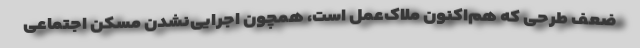
ضعف طرحی که هم‌اکنون ملاک‌عمل است، همچون اجرایی‌نشدن مسکن اجتماعی